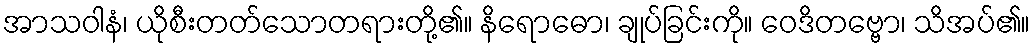
အာသဝါနံ၊ ယိုစီးတတ်သောတရားတို့၏။ နိရောဓော၊ ချုပ်ခြင်းကို။ ဝေဒိတဗ္ဗော၊ သိအပ်၏။